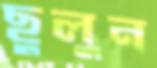
ছুলুন